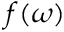
f ( \omega )